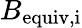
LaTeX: B_{\mathrm{equiv,i}}